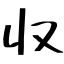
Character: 収